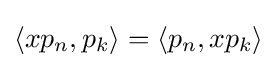
\langle xp_{n},p_{k}\rangle =\langle p_{n},xp_{k}\rangle